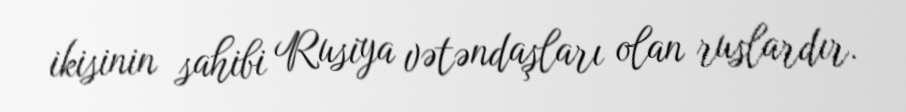
ikisinin sahibi Rusiya vətəndaşları olan ruslardır.